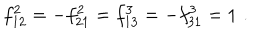
f _ { 1 2 } ^ { 2 } = - f _ { 2 1 } ^ { 2 } = f _ { 1 3 } ^ { 3 } = - f _ { 3 1 } ^ { 3 } = 1 \, \, .